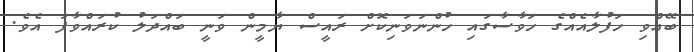
ބޭއްވި ހަފުލާއެއްގެ ހަވާސާގައި ހުންނަވަނިކޮށް ރައީސް ޔާމީން ވަނީ ބައްދަލު ކުރައްވާފަ އެވެ.